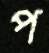
প